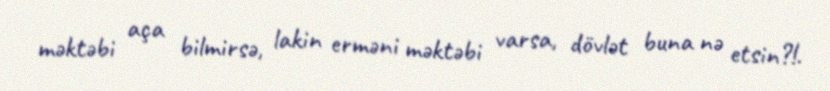
məktəbi aça bilmirsə, lakin erməni məktəbi varsa, dövlət buna nə etsin?!.